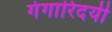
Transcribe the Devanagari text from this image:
गंगारिदयी